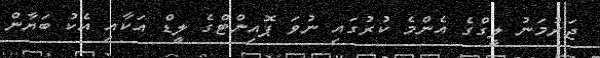
ޖަރުމަނު ލީގްގެ އެންމެ ކުރުގައި ނުވަ ޕޮއިންޓްގެ ލީޑް އަކާއި އެކު ބަޔާން